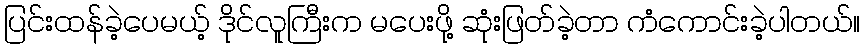
ပြင်းထန်ခဲ့ပေမယ့် ဒိုင်လူကြီးက မပေးဖို့ ဆုံးဖြတ်ခဲ့တာ ကံကောင်းခဲ့ပါတယ်။